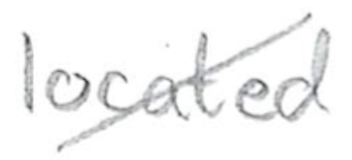
Text: located
Cross-out: diagonal
Writing tool: pencil